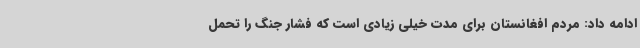
ادامه داد: مردم افغانستان برای مدت خیلی زیادی است که فشار جنگ را تحمل